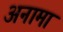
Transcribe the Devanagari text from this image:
अनामा